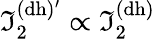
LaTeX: \mathfrak{I}_{2}^{\mathrm{{(dh)^{\prime}}}}\propto\mathfrak{I}_{2}^{\mathrm{{(dh)}}}